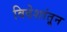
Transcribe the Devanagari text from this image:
विदेशांतून